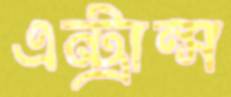
এন্ট্রান্স